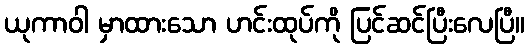
ယုကာဝါ မှာထားသော ဟင်းထုပ်ကို ပြင်ဆင်ပြီးလေပြီ။